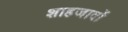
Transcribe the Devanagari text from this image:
शाहजादों